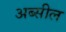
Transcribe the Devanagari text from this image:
अब्सील